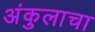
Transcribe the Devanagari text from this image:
अंकुलाचा